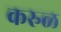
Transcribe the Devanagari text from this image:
करुळ